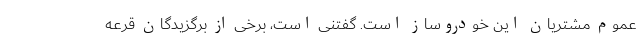
عموم مشتریان این خودروساز است. گفتنی است، برخی از برگزیدگان قرعه‌